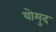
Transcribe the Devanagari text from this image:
योमुद